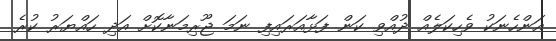
އަންހެނަކު ވެހިކަލެއް ދުއްވި ކަން ފަޅާއަރައިފި ނަމަ ޖޫރިމަނާކޮށް އަދި ހައްޔަރު ކުރެ